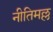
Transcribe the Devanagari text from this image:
नीतिमल्ल